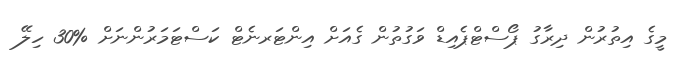
މީގެ އިތުރުން ދިރާގު ޕޯސްޓްޕެއިޑް ވަގުތުން ގެއަށް އިންޓަރނެޓް ކަސްޓަމަރުންނަށް %30 ހިލޭ